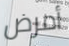
أمرض